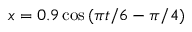
x = 0 . 9 \cos { ( \pi t / 6 - \pi / 4 ) }